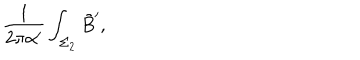
{ \frac { 1 } { 2 \pi \alpha ^ { \prime } } } \int _ { \Sigma _ { 2 } } \tilde { B } ^ { \prime } ,